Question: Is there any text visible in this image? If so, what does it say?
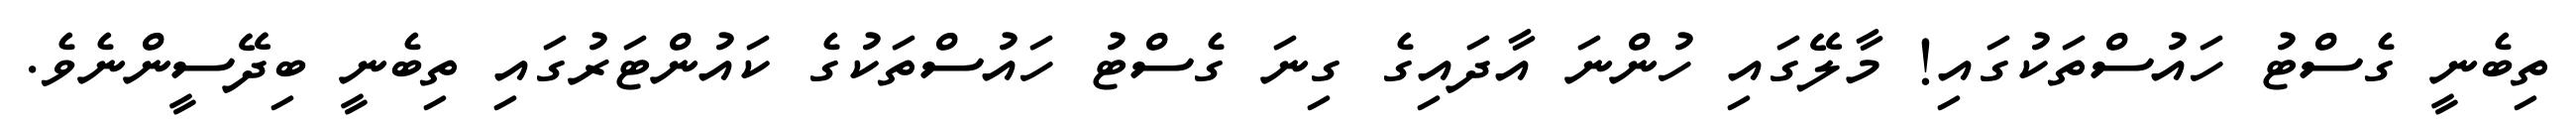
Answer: ތިބެނީ ގެސްޓު ހައުސްތަކުގައި! މާލޭގައި ހުންނަ އާދައިގެ ގިނަ ގެސްޓު ހައުސްތަކުގެ ކައުންޓަރުގައި ތިބެނީ ބިދޭސީންނެވެ.